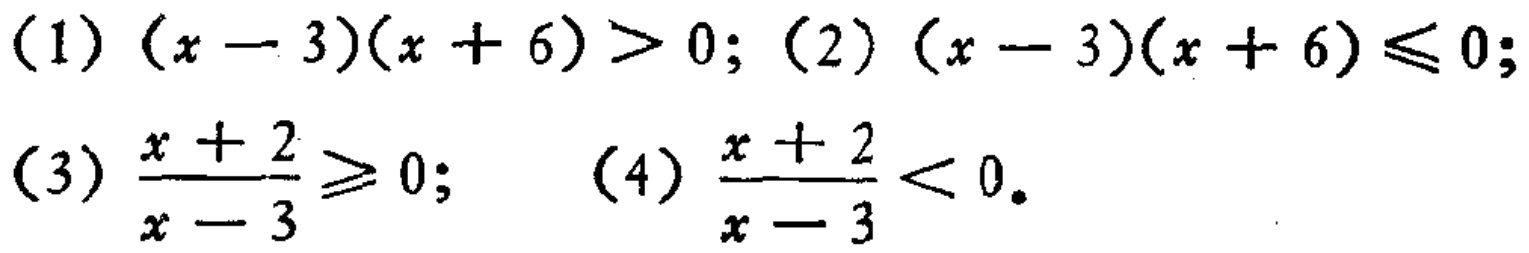
(1) \((x - 3)(x + 6) > 0\); (2) \((x - 3)(x + 6) \leq 0\);
(3) \(\frac{x + 2}{x - 3} \geq 0\); (4) \(\frac{x + 2}{x - 3} < 0\).